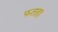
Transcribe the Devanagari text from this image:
फतह।